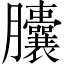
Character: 𦣘